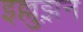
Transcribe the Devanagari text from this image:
इल्लुझ़न